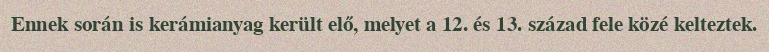
Ennek során is kerámianyag került elő, melyet a 12. és 13. század fele közé kelteztek.